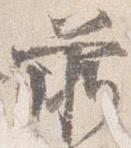
前